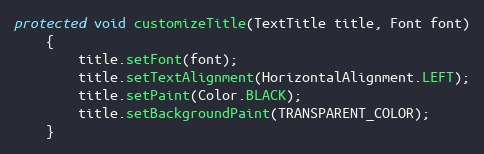
Language: Java
protected void customizeTitle(TextTitle title, Font font)
	{
		title.setFont(font);
		title.setTextAlignment(HorizontalAlignment.LEFT);
		title.setPaint(Color.BLACK);
		title.setBackgroundPaint(TRANSPARENT_COLOR);
	}